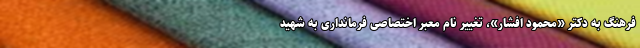
فرهنگ به دکتر «محمود افشار»، تغییر نام معبر اختصاصی فرمانداری به شهید